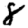
Digit: 8